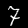
Digit: 7